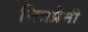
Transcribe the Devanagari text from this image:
मित्रप्रेमी